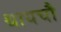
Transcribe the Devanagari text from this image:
थायचौ